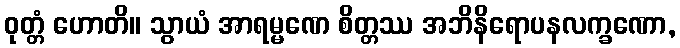
ဝုတ္တံ ဟောတိ။ သွာယံ အာရမ္မဏေ စိတ္တဿ အဘိနိရောပနလက္ခဏော,